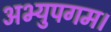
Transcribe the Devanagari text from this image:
अभ्युपगम।